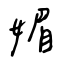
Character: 媚